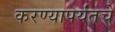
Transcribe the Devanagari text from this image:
करण्यापर्यंतचे